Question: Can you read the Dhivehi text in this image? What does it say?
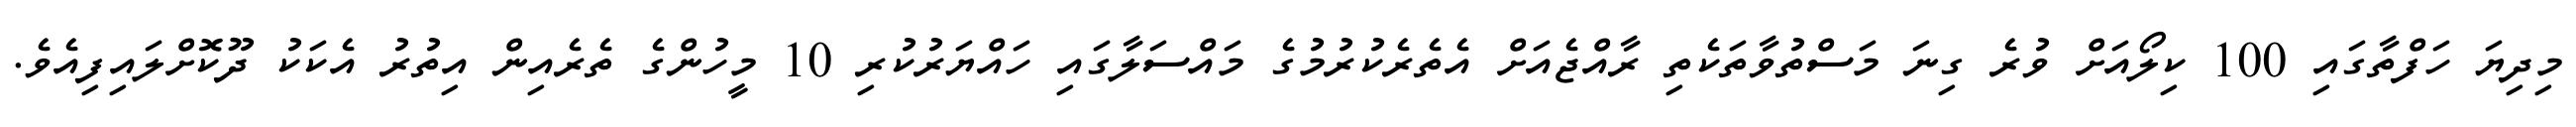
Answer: މިދިޔަ ހަފްތާގައި 100 ކިލޯއަށް ވުރެ ގިނަ މަސްތުވާތަކެތި ރާއްޖެއަށް އެތެރެކުރުމުގެ މައްސަލާގައި ހައްޔަރުކުރި 10 މީހުންގެ ތެރެއިން އިތުރު އެކަކު ދޫކޮށްލައިފިއެވެ.